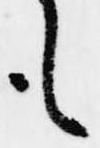
も